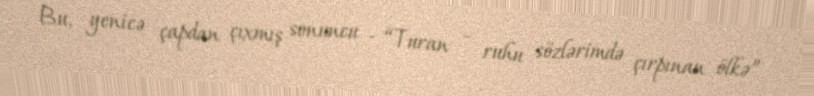
Bu, yenicə çapdan çıxmış sonuncu - “Turan - ruhu sözlərimdə çırpınan ölkə”